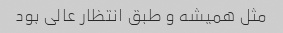
مثل همیشه و طبق انتظار عالی بود